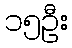
၁၅ဦး